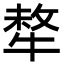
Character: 㹈